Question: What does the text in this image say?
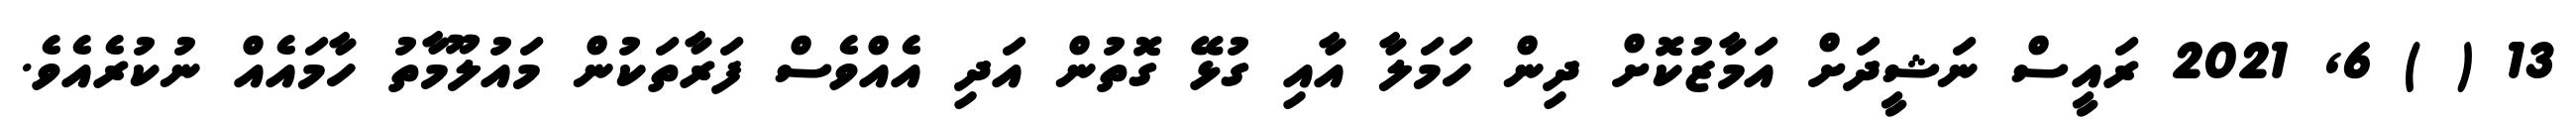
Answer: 13 ( ) 6, 2021 ރައީސް ނަޝީދަށް އަމާޒުކޮށް ދިން ހަމަލާ އާއި ގުޅޭ ގޮތުން އަދި އެއްވެސް ފަރާތަކުން މައުލޫމާތު ހާމައެއް ނުކުރެއެވެ.